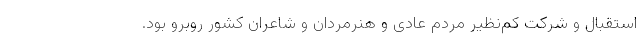
استقبال و شرکت کم‌نظیر مردم عادی و هنرمردان و شاعران کشور روبرو بود.